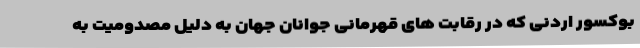
بوکسور اردنی که در رقابت های قهرمانی جوانان جهان به دلیل مصدومیت به